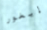
إيغور